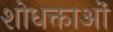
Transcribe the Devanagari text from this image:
शोधक्ताओं